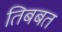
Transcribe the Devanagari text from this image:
तिबबत